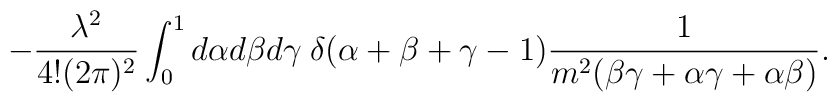
-\frac{\lambda^2}{4! (2 \pi)^2}\int_0^1 d\alpha d\beta d\gamma \hspace{1mm} \delta(\alpha+\beta+\gamma - 1) \frac{1}{m^2(\beta \gamma+\alpha \gamma+\alpha \beta)}.